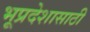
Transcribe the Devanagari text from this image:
भूप्रदेशासाठी